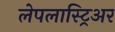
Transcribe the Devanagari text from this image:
लेपलास्ट्रिअर